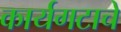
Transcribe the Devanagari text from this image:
कार्यगटाचे